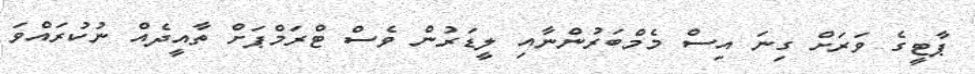
ޕާޓީގެ ވަރަށް ގިނަ އިސް މެމްބަރުންނާއި ލީޑަރުން ވެސް ޓްރަމްޕަށް ތާއީދެއް ނުކުރައްވަ